Report on sanitation, dispensaries, and jails in Rajputana for 1915, and on vaccination for the year 1915-1916 - 1915-1916
Year: 1915
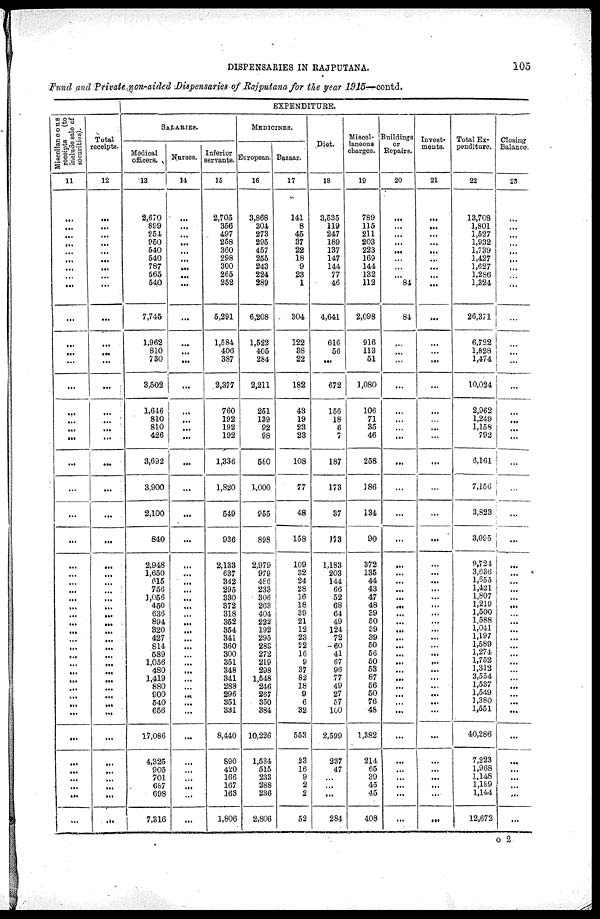
DISPENSARIES IN RAJPUTANA.
105
Fund and Private non-aided Dispensaries of Rajputana for the year 1915—contd.
Miscellaneous
receipts
(to
include sale of
securities).
11
...
...
...
...
...
...
...
...
...
...
...
...
...
...
...
...
...
...
...
...
...
...
...
...
...
...
...
...
...
...
...
...
...
...
...
...
...
...
...
...
...
...
...
...
...
...
...
...
Total
receipts.
12
...
...
...
...
...
...
...
...
...
...
...
...
...
...
...
...
...
...
...
...
...
...
...
...
...
...
...
...
...
...
...
...
...
...
...
...
...
...
...
...
...
...
...
...
...
...
...
...
EXPENDITURE.
SALARIES.
Medical
officers.
13
2,670
899
254
950
540
540
787
565
540
7,745
1,962
810
730
3,502
1,646
810
810
426
3,692
3,900
2,100
840
2,948
1,650
615
756
1,056
450
636
894
320
427
814
589
1,056
480
1,419
880
900
540
656
17,086
4,325
905
701
687
698
7,316
Nurses.
14
...
...
...
...
...
...
...
...
...
...
...
...
...
...
...
...
...
...
...
...
...
...
...
...
...
...
...
...
...
...
...
...
...
...
...
...
...
...
...
...
...
...
...
...
...
...
...
...
Inferior
servants.
15
2,705
356
497
258
360
298
300
265
252
5,291
1,584
406
387
2,377
760
192
192
192
1,336
1,820
549
936
2,133
637
342
295
330
372
318
352
354
341
360
300
351
348
341
288
296
351
331
8,440
890
420
166
167
163
1,806
MEDICINES.
European.
16
3,868
304
273
295
457
255
243
224
289
6,208
1,522
405
284
2,211
251
139
92
98
580
1,000
955
898
2,979
979
486
233
306
263
404
222
192
295
283
272
219
298
1,548
246
267
350
384
10,226
1,534
515
233
288
236
2,806
Bazaar.
17
141
8
45
37
22
18
9
23
1
304
122
38
22
182
43
19
23
23
108
77
48
158
109
32
24
28
16
18
39
21
12
23
22
16
9
37
82
18
9
6
32
553
23
16
9
2
2
52
Diet.
18
3,535
119
247
189
137
147
144
77
46
4,641
616
56
...
672
156
18
6
7
187
173
37
173
1,183
203
144
66
52
68
64
49
124
72
60
41
67
96
77
49
27
57
100
2,599
237
47
...
...
...
284
Miscel-
laneous
charges.
19
789
115
211
203
223
169
144
132
112
2,098
916
113
51
1,080
106
71
35
46
258
186
134
90
372
135
44
43
47
48
39
50
39
39
50
56
50
53
87
56
50
76
48
1,382
214
65
39
45
45
408
Buildings
or
Repairs.
20
...
...
...
...
...
...
...
...
84
84
...
...
...
...
...
...
...
...
...
...
...
...
...
...
...
...
...
...
...
...
...
...
...
...
...
...
...
...
...
...
...
...
...
...
...
...
...
...
Invest-
ments.
21
...
...
...
...
...
...
...
...
...
...
...
...
...
...
...
...
...
...
...
...
...
...
...
...
...
...
...
...
...
...
...
...
...
...
...
...
...
...
...
...
...
...
...
...
...
...
...
...
Total Ex-
penditure.
22
13,708
1,801
1,527
1,932
1,739
1,427
1,627
1,286
1,324
26,371
6,722
1,828
1,474
10,024
2,962
1,249
1,158
792
6,161
7,156
3,823
3,095
9,724
3,636
1,655
1,421
1,807
1,219
1,500
1,588
1,041
1,197
1,589
1,274
1,752
1,312
3,554
1,537
1,549
1,380
1,551
40,286
7,223
1,968
1,148
1,189
1,144
12,672
Closing
Balance.
23
...
...
...
...
...
...
...
...
...
...
...
...
...
...
...
...
...
...
...
...
...
...
...
...
...
...
...
...
...
...
...
...
...
...
...
...
...
...
...
...
...
...
...
...
...
O 2